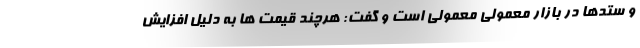
و ستدها در بازار معمولی معمولی است و گفت: هرچند قیمت ها به دلیل افزایش